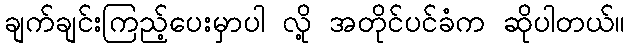
ချက်ချင်းကြည့်ပေးမှာပါ လို့ အတိုင်ပင်ခံက ဆိုပါတယ်။